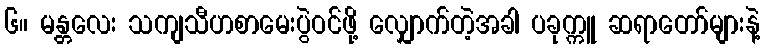
၆။ မန္တလေး သကျသီဟစာမေးပွဲဝင်ဖို့ လျှောက်တဲ့အခါ ပခုက္ကူ ဆရာတော်များနဲ့